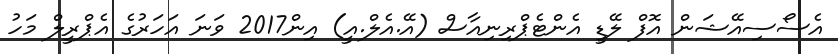
އެސޯސިއޭޝަން އޮފް ލޭޑީ އެންޓެޕްރިނިއާސް (އޭ.އެލް.އީ) އިން2017 ވަނަ އަހަރުގެ އެޕްރީލް މަހު